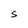
Character: S